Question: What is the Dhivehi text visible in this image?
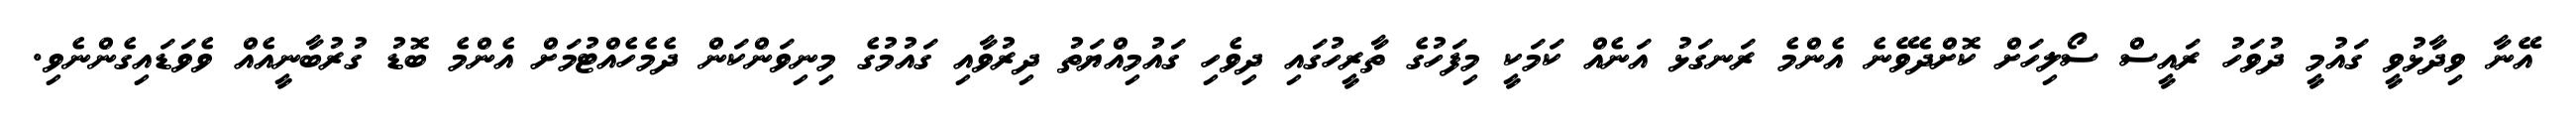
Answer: އޭނާ ވިދާޅުވީ ގައުމީ ދުވަހު ރައީސް ސޯލިހަށް ކޮށްދެވޭނެ އެންމެ ރަނގަޅު އަނެއް ކަމަކީ މިފަހުގެ ތާރީހުގައި ދިވެހި ގައުމިއްޔަތު ދިރުވާއި ގައުމުގެ މިނިވަންކަން ދެމެހެއްޓުމަށް އެންމެ ބޮޑު ގުރުބާނީއެއް ވެވަޑައިގެންނެވި.